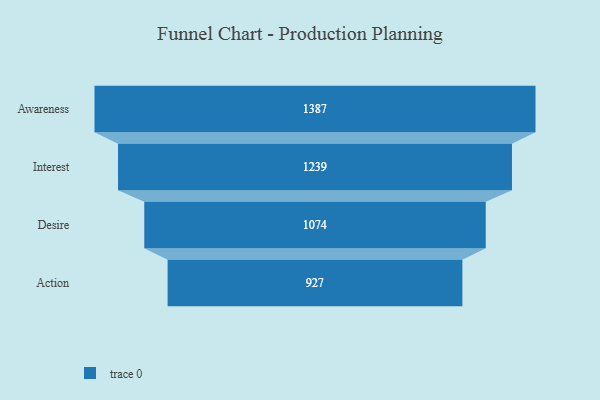
{"axis": {"x": "Stage", "y": "Value"}, "legend": [""], "data": [{"x": "Awareness", "y": 1387.0, "type": ""}, {"x": "Interest", "y": 1239.0, "type": ""}, {"x": "Desire", "y": 1074.0, "type": ""}, {"x": "Action", "y": 927.0, "type": ""}]}